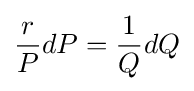
{\frac {r}{P}}{dP}={\frac {1}{Q}}{dQ}